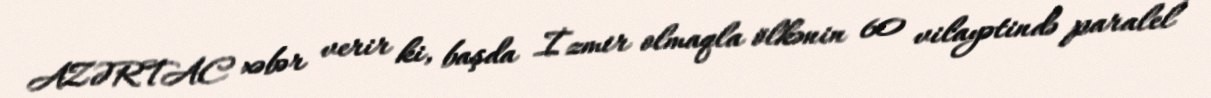
AZƏRTAC xəbər verir ki, başda İzmir olmaqla ölkənin 60 vilayətində paralel